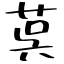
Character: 茣